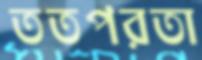
ততপরতা